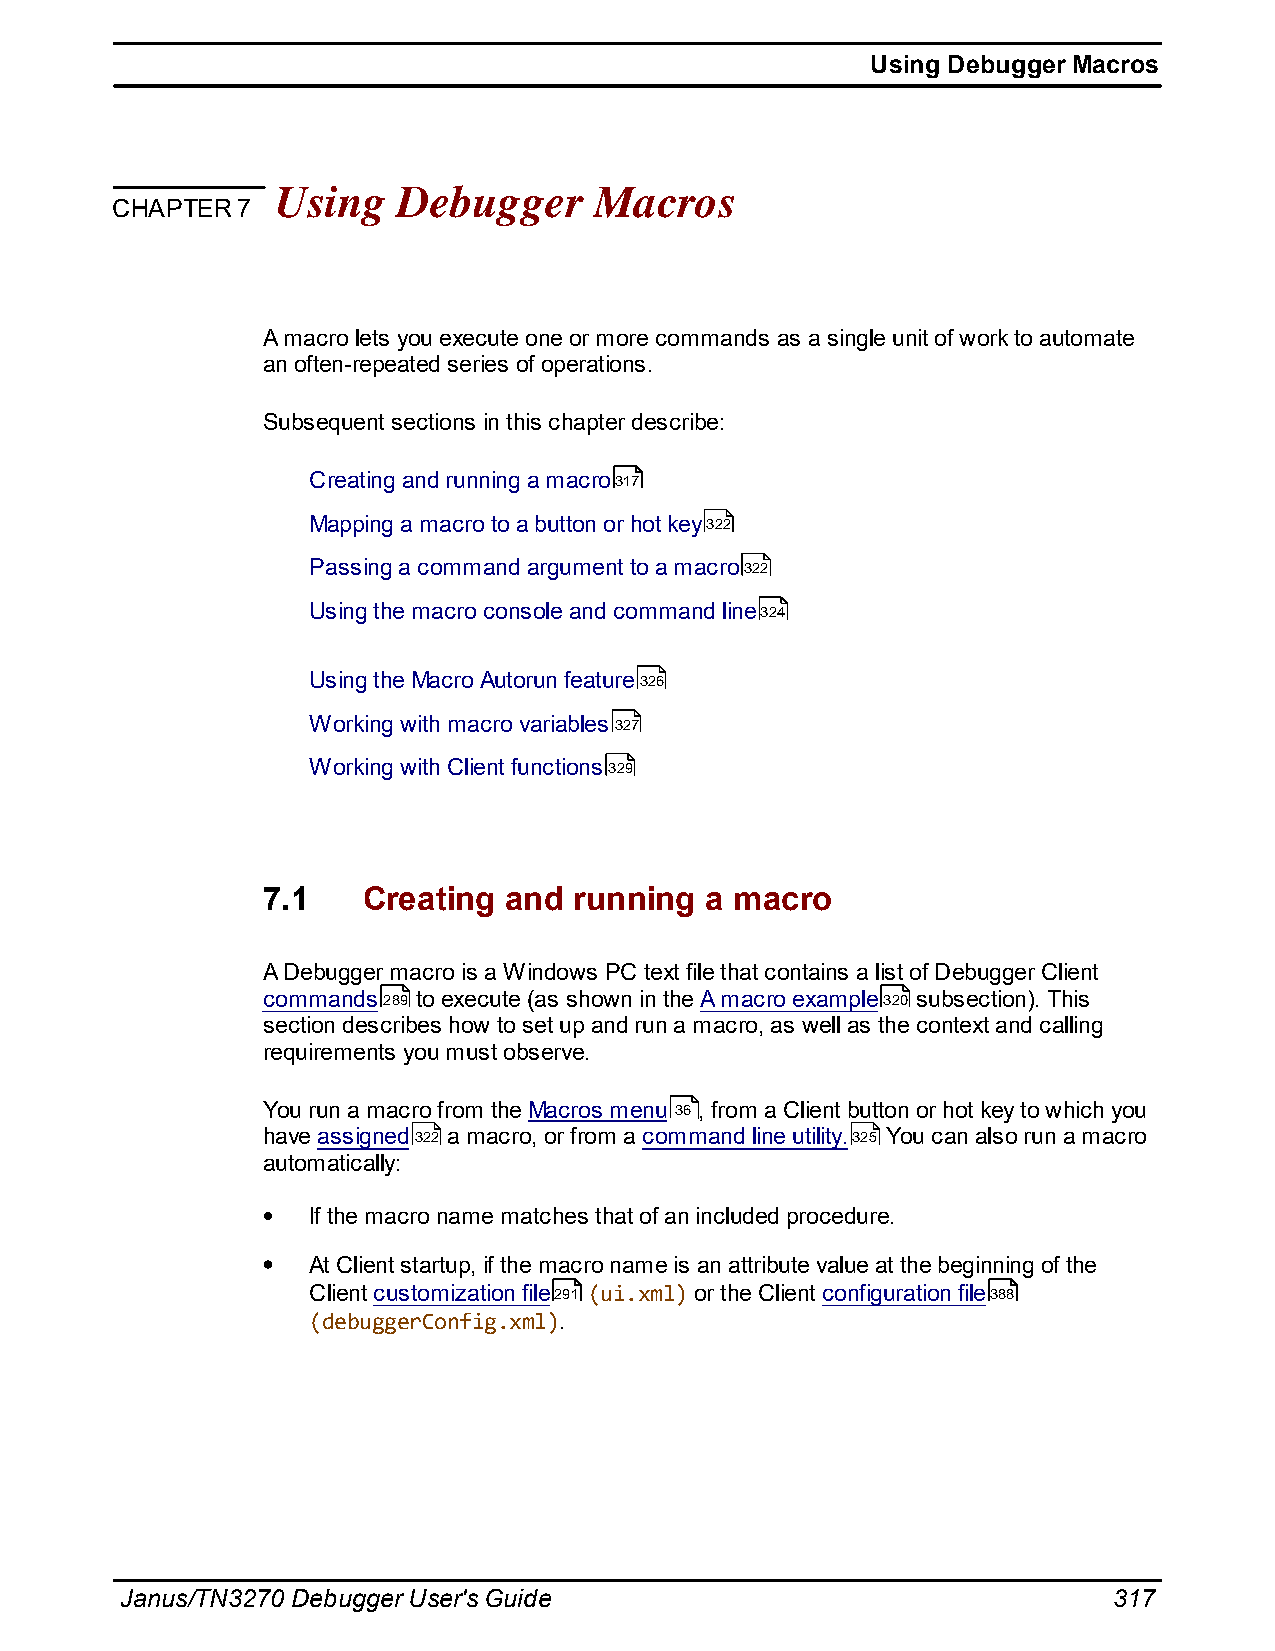
Using Debugger Macros
 Using   Debugger     Macros
 CHAPTER  7
 A macro lets you execute one or more commands as a single unit of work to automate
 an often-repeated series of operations.
 Subsequent sections in this chapter describe:
 Creating and running a macro317
 Mapping a macro to a button or hot key322
 Passing a command argument to a macro322
 Using the macro console and command line324
 Using the Macro Autorun feature326
 Working with macro variables327
 Working with Client functions329
 7.1    Creating and  running  a macro
 A Debugger macro is a Windows PC text file that contains a list of Debugger Client
 commands289 to execute (as shown in the A macro example320 subsection). This
 section describes how to set up and run a macro, as well as the context and calling
 requirements you must observe.
 You run a macro from the Macros menu 36 , from a Client button or hot key to which you
 have assigned322 a macro, or from a command line utility.325 You can also run a macro
 automatically:
 If the macro name matches that of an included procedure.
 At Client startup, if the macro name is an attribute value at the beginning of the
 Client customization file291 (ui.xml) or the Client configuration file388
 (debuggerConfig.xml).
 Janus/TN3270 Debugger User's Guide                                317